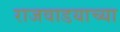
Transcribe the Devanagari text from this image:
राजवाडयाच्या